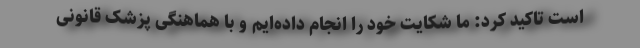
است تاکید کرد: ما شکایت خود را انجام داده‌ایم و با هماهنگی پزشک قانونی